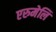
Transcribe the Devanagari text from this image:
एरुमेलि